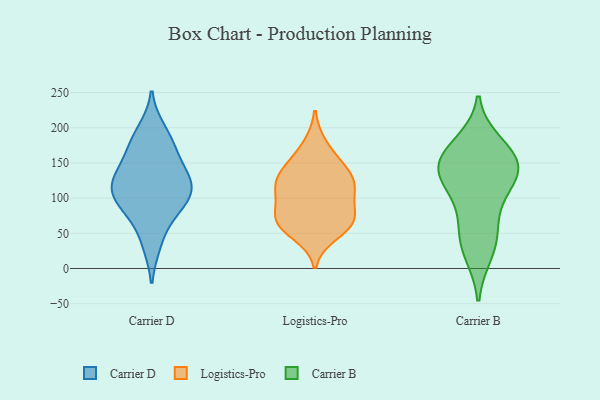
{"axis": {"x": "Population (Million)", "y": "Value"}, "legend": ["Carrier B", "Carrier D", "Logistics-Pro"], "data": [{"x": "", "y": 176, "type": "Carrier D"}, {"x": "", "y": 102, "type": "Carrier D"}, {"x": "", "y": 34, "type": "Carrier D"}, {"x": "", "y": 136, "type": "Carrier D"}, {"x": "", "y": 113, "type": "Carrier D"}, {"x": "", "y": 197, "type": "Carrier D"}, {"x": "", "y": 106, "type": "Carrier D"}, {"x": "", "y": 168, "type": "Carrier D"}, {"x": "", "y": 137, "type": "Carrier D"}, {"x": "", "y": 72, "type": "Carrier D"}, {"x": "", "y": 122, "type": "Carrier D"}, {"x": "", "y": 89, "type": "Carrier D"}, {"x": "", "y": 148, "type": "Logistics-Pro"}, {"x": "", "y": 108, "type": "Logistics-Pro"}, {"x": "", "y": 65, "type": "Logistics-Pro"}, {"x": "", "y": 121, "type": "Logistics-Pro"}, {"x": "", "y": 115, "type": "Logistics-Pro"}, {"x": "", "y": 72, "type": "Logistics-Pro"}, {"x": "", "y": 111, "type": "Logistics-Pro"}, {"x": "", "y": 78, "type": "Logistics-Pro"}, {"x": "", "y": 49, "type": "Logistics-Pro"}, {"x": "", "y": 67, "type": "Logistics-Pro"}, {"x": "", "y": 64, "type": "Logistics-Pro"}, {"x": "", "y": 130, "type": "Logistics-Pro"}, {"x": "", "y": 176, "type": "Logistics-Pro"}, {"x": "", "y": 145, "type": "Logistics-Pro"}, {"x": "", "y": 156, "type": "Carrier B"}, {"x": "", "y": 97, "type": "Carrier B"}, {"x": "", "y": 144, "type": "Carrier B"}, {"x": "", "y": 23, "type": "Carrier B"}, {"x": "", "y": 133, "type": "Carrier B"}, {"x": "", "y": 127, "type": "Carrier B"}, {"x": "", "y": 39, "type": "Carrier B"}, {"x": "", "y": 162, "type": "Carrier B"}, {"x": "", "y": 139, "type": "Carrier B"}, {"x": "", "y": 176, "type": "Carrier B"}, {"x": "", "y": 59, "type": "Carrier B"}]}